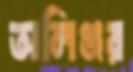
অলিঞ্জর